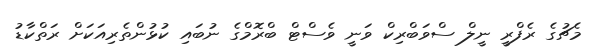
މެޗުގެ ރެފްރީ ނީލް ސްވަބްރިކް ވަނީ ވެސްޓް ބްރޮމްގެ ނުބައި ކުޅުންތެރިއަކަށް ރަތްކާޑު